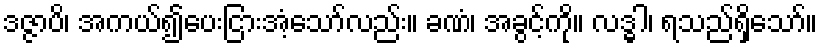
ဒဇ္ဇာပိ၊ အကယ်၍ပေးငြားအံ့သော်လည်း။ ခဏံ၊ အခွင့်ကို။ လဒ္ဓါ၊ ရသည်ရှိသော်။